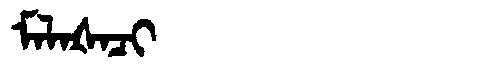
Manchu: ᠮᠠᠯᠠᡧᠠᠴᡳ
Romanization: MALAŠACI